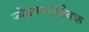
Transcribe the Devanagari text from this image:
ज्येष्ठसमाजसेवक